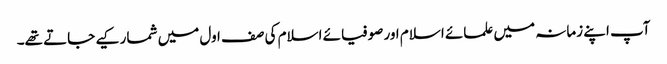
آپ اپنے زمانہ میں علمائے اسلام اور صوفیائے اسلام کی صف اول میں شمار کیے جاتے تھے۔